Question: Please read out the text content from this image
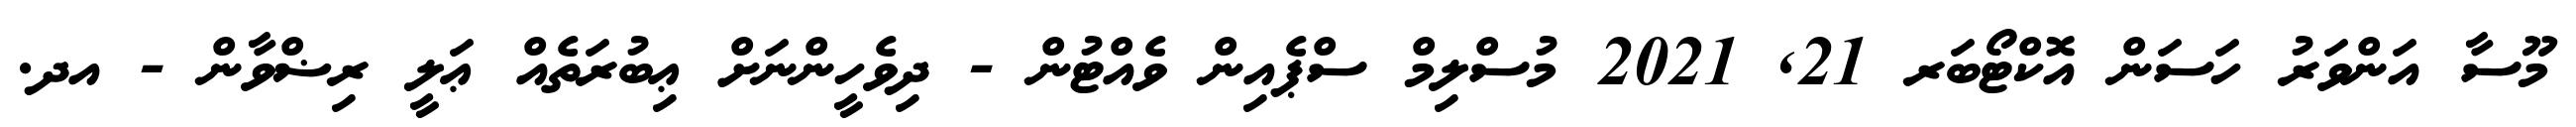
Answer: މޫސާ އަންވަރު ހަސަން އޮކްޓޯބަރ 21, 2021 މުސްލިމް ސްޕެއިން ވެއްޓުން - ދިވެހީންނަށް ޢިބުރަތެއް ޢަލީ ރިޟްވާން - އދ.